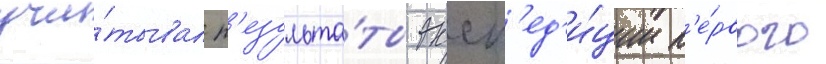
учи́тывал р'езульта́ты эксп'ед'и́ции п'е́рвого